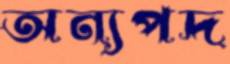
অন্যপদ